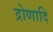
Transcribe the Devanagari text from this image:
द्रोणादि